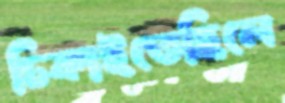
ঢিকাইতেছিলে